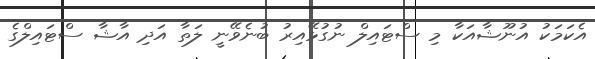
އެކަމަކު އުނޫޝާއަކާ މި ސްޓައިލް ނުގުޅޭއިރު ބުނެވޭނީ ލަތާ އަދި އާޝާ ސްޓައިލްގެ